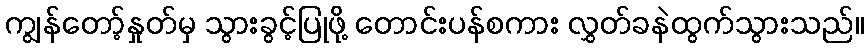
ကျွန်တော့်နှုတ်မှ သွားခွင့်ပြုဖို့ တောင်းပန်စကား လွှတ်ခနဲထွက်သွားသည်။